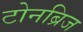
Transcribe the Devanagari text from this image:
टोनब्रिज